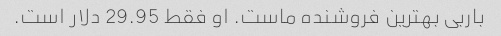
باربی بهترین فروشنده ماست. او فقط 29.95 دلار است.